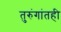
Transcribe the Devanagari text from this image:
तुरुंगांतही